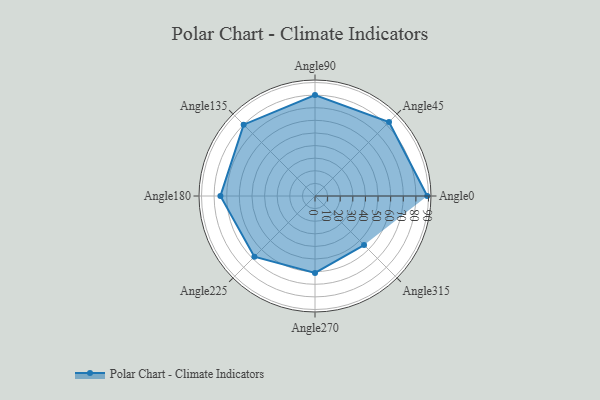
{"axis": {"x": "Angle", "y": "Radius"}, "legend": [""], "data": [{"x": "Angle0", "y": 89.0, "type": ""}, {"x": "Angle45", "y": 83.0, "type": ""}, {"x": "Angle90", "y": 80.0, "type": ""}, {"x": "Angle135", "y": 80.0, "type": ""}, {"x": "Angle180", "y": 75.0, "type": ""}, {"x": "Angle225", "y": 68.0, "type": ""}, {"x": "Angle270", "y": 61.0, "type": ""}, {"x": "Angle315", "y": 55.0, "type": ""}]}